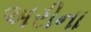
અરીના